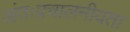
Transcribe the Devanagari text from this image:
अंतःप्रचालनीयता